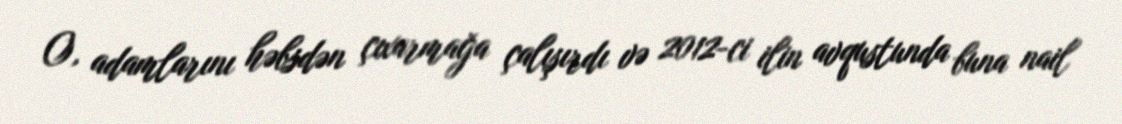
O, adamlarını həbsdən çıxarmağa çalışırdı və 2012-ci ilin avqustunda buna nail